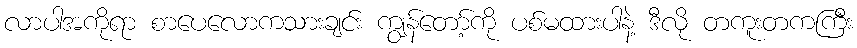
လာပါအကိုရာ စာပေလောကသားချင်း ကျွန်တော့်ကို ပစ်မထားပါနဲ့ ဒီလို တကူးတကကြီး